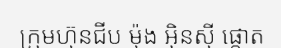
ក្រុមហ៊ុនជីប ម៉ុង អ៊ិនស៊ី ផ្តោត